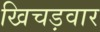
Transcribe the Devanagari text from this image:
खिचड़वार